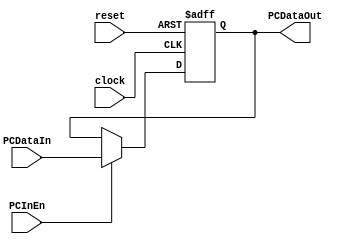
/****************************************************************************************
 MODULE:		Sub Level Program Counter Block

 FILE NAME:	pc.v
 VERSION:	1.0
 DATE:		September 28th, 2001
 AUTHOR:		Hossein Amidi
 COMPANY:	California Unique Electrical Co.
 CODE TYPE:	Register Transfer Level

 Instantiations:
 
 DESCRIPTION:
 Sub Level RTL Program Counter block

 Hossein Amidi
 (C) September 2001
 California Unique Electric

***************************************************************************************/
 
`timescale 1ns / 1ps

module PC (	// Input
				clock,
				reset,
				PCInEn,
				PCDataIn,
				// Output
				PCDataOut
				);

// Parameter
parameter AddrWidth = 24;

// Inputs
input clock;
input reset;
input PCInEn;
input [AddrWidth - 1 : 0] PCDataIn;

// Outputs
output [AddrWidth - 1 : 0] PCDataOut;

// Signal Declerations
reg [AddrWidth - 1 : 0] PCDataOut;


// Main Block
always @ (posedge reset or negedge clock)
begin
	if(reset == 1'b1)
 		PCDataOut <= 24'h000;
	else
 	if (PCInEn == 1'b1)
   	PCDataOut <= PCDataIn;
	else
   	PCDataOut <= PCDataOut;
end
endmodule